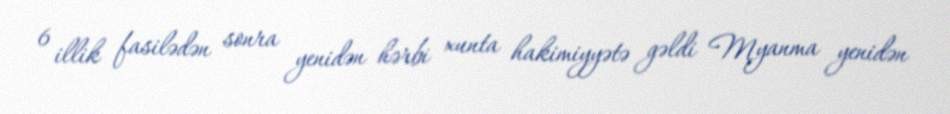
6 illik fasilədən sonra yenidən hərbi xunta hakimiyyətə gəldi Myanma yenidən